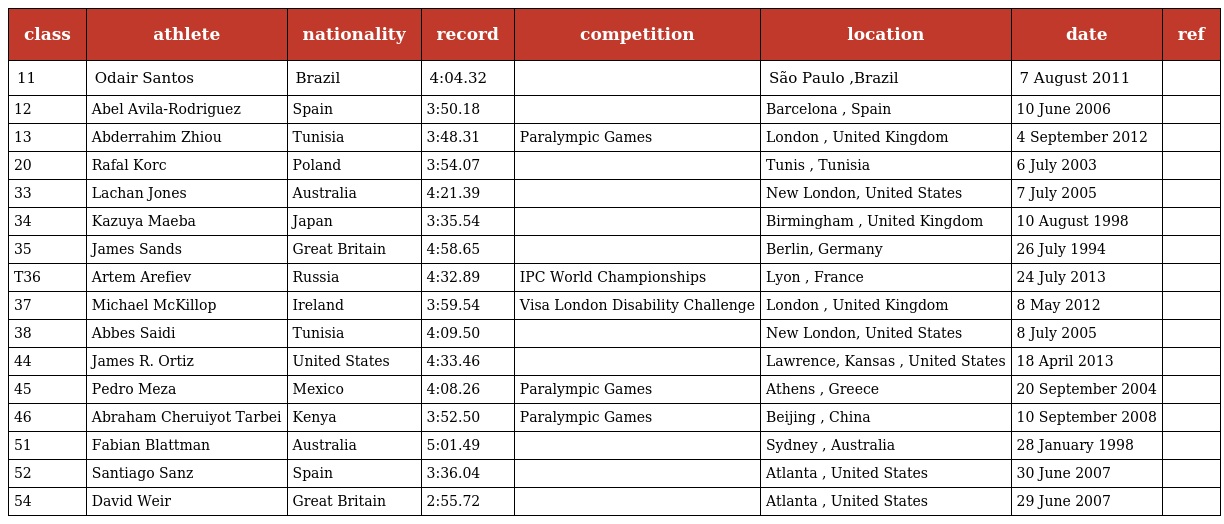
| class | athlete | nationality | record | competition | location | date | ref |
 | --- | --- | --- | --- | --- | --- | --- | --- |
 | 11 | Odair Santos | Brazil | 4:04.32 |  | São Paulo ,Brazil | 7 August 2011 |  |
 | 12 | Abel Avila-Rodriguez | Spain | 3:50.18 |  | Barcelona , Spain | 10 June 2006 |  |
 | 13 | Abderrahim Zhiou | Tunisia | 3:48.31 | Paralympic Games | London , United Kingdom | 4 September 2012 |  |
 | 20 | Rafal Korc | Poland | 3:54.07 |  | Tunis , Tunisia | 6 July 2003 |  |
 | 33 | Lachan Jones | Australia | 4:21.39 |  | New London, United States | 7 July 2005 |  |
 | 34 | Kazuya Maeba | Japan | 3:35.54 |  | Birmingham , United Kingdom | 10 August 1998 |  |
 | 35 | James Sands | Great Britain | 4:58.65 |  | Berlin, Germany | 26 July 1994 |  |
 | T36 | Artem Arefiev | Russia | 4:32.89 | IPC World Championships | Lyon , France | 24 July 2013 |  |
 | 37 | Michael McKillop | Ireland | 3:59.54 | Visa London Disability Challenge | London , United Kingdom | 8 May 2012 |  |
 | 38 | Abbes Saidi | Tunisia | 4:09.50 |  | New London, United States | 8 July 2005 |  |
 | 44 | James R. Ortiz | United States | 4:33.46 |  | Lawrence, Kansas , United States | 18 April 2013 |  |
 | 45 | Pedro Meza | Mexico | 4:08.26 | Paralympic Games | Athens , Greece | 20 September 2004 |  |
 | 46 | Abraham Cheruiyot Tarbei | Kenya | 3:52.50 | Paralympic Games | Beijing , China | 10 September 2008 |  |
 | 51 | Fabian Blattman | Australia | 5:01.49 |  | Sydney , Australia | 28 January 1998 |  |
 | 52 | Santiago Sanz | Spain | 3:36.04 |  | Atlanta , United States | 30 June 2007 |  |
 | 54 | David Weir | Great Britain | 2:55.72 |  | Atlanta , United States | 29 June 2007 |  |